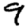
Digit: 9